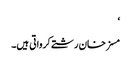
‘
مسز خان رشتے کرواتی ہیں۔